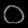
Digit: ၀